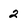
Character: 2